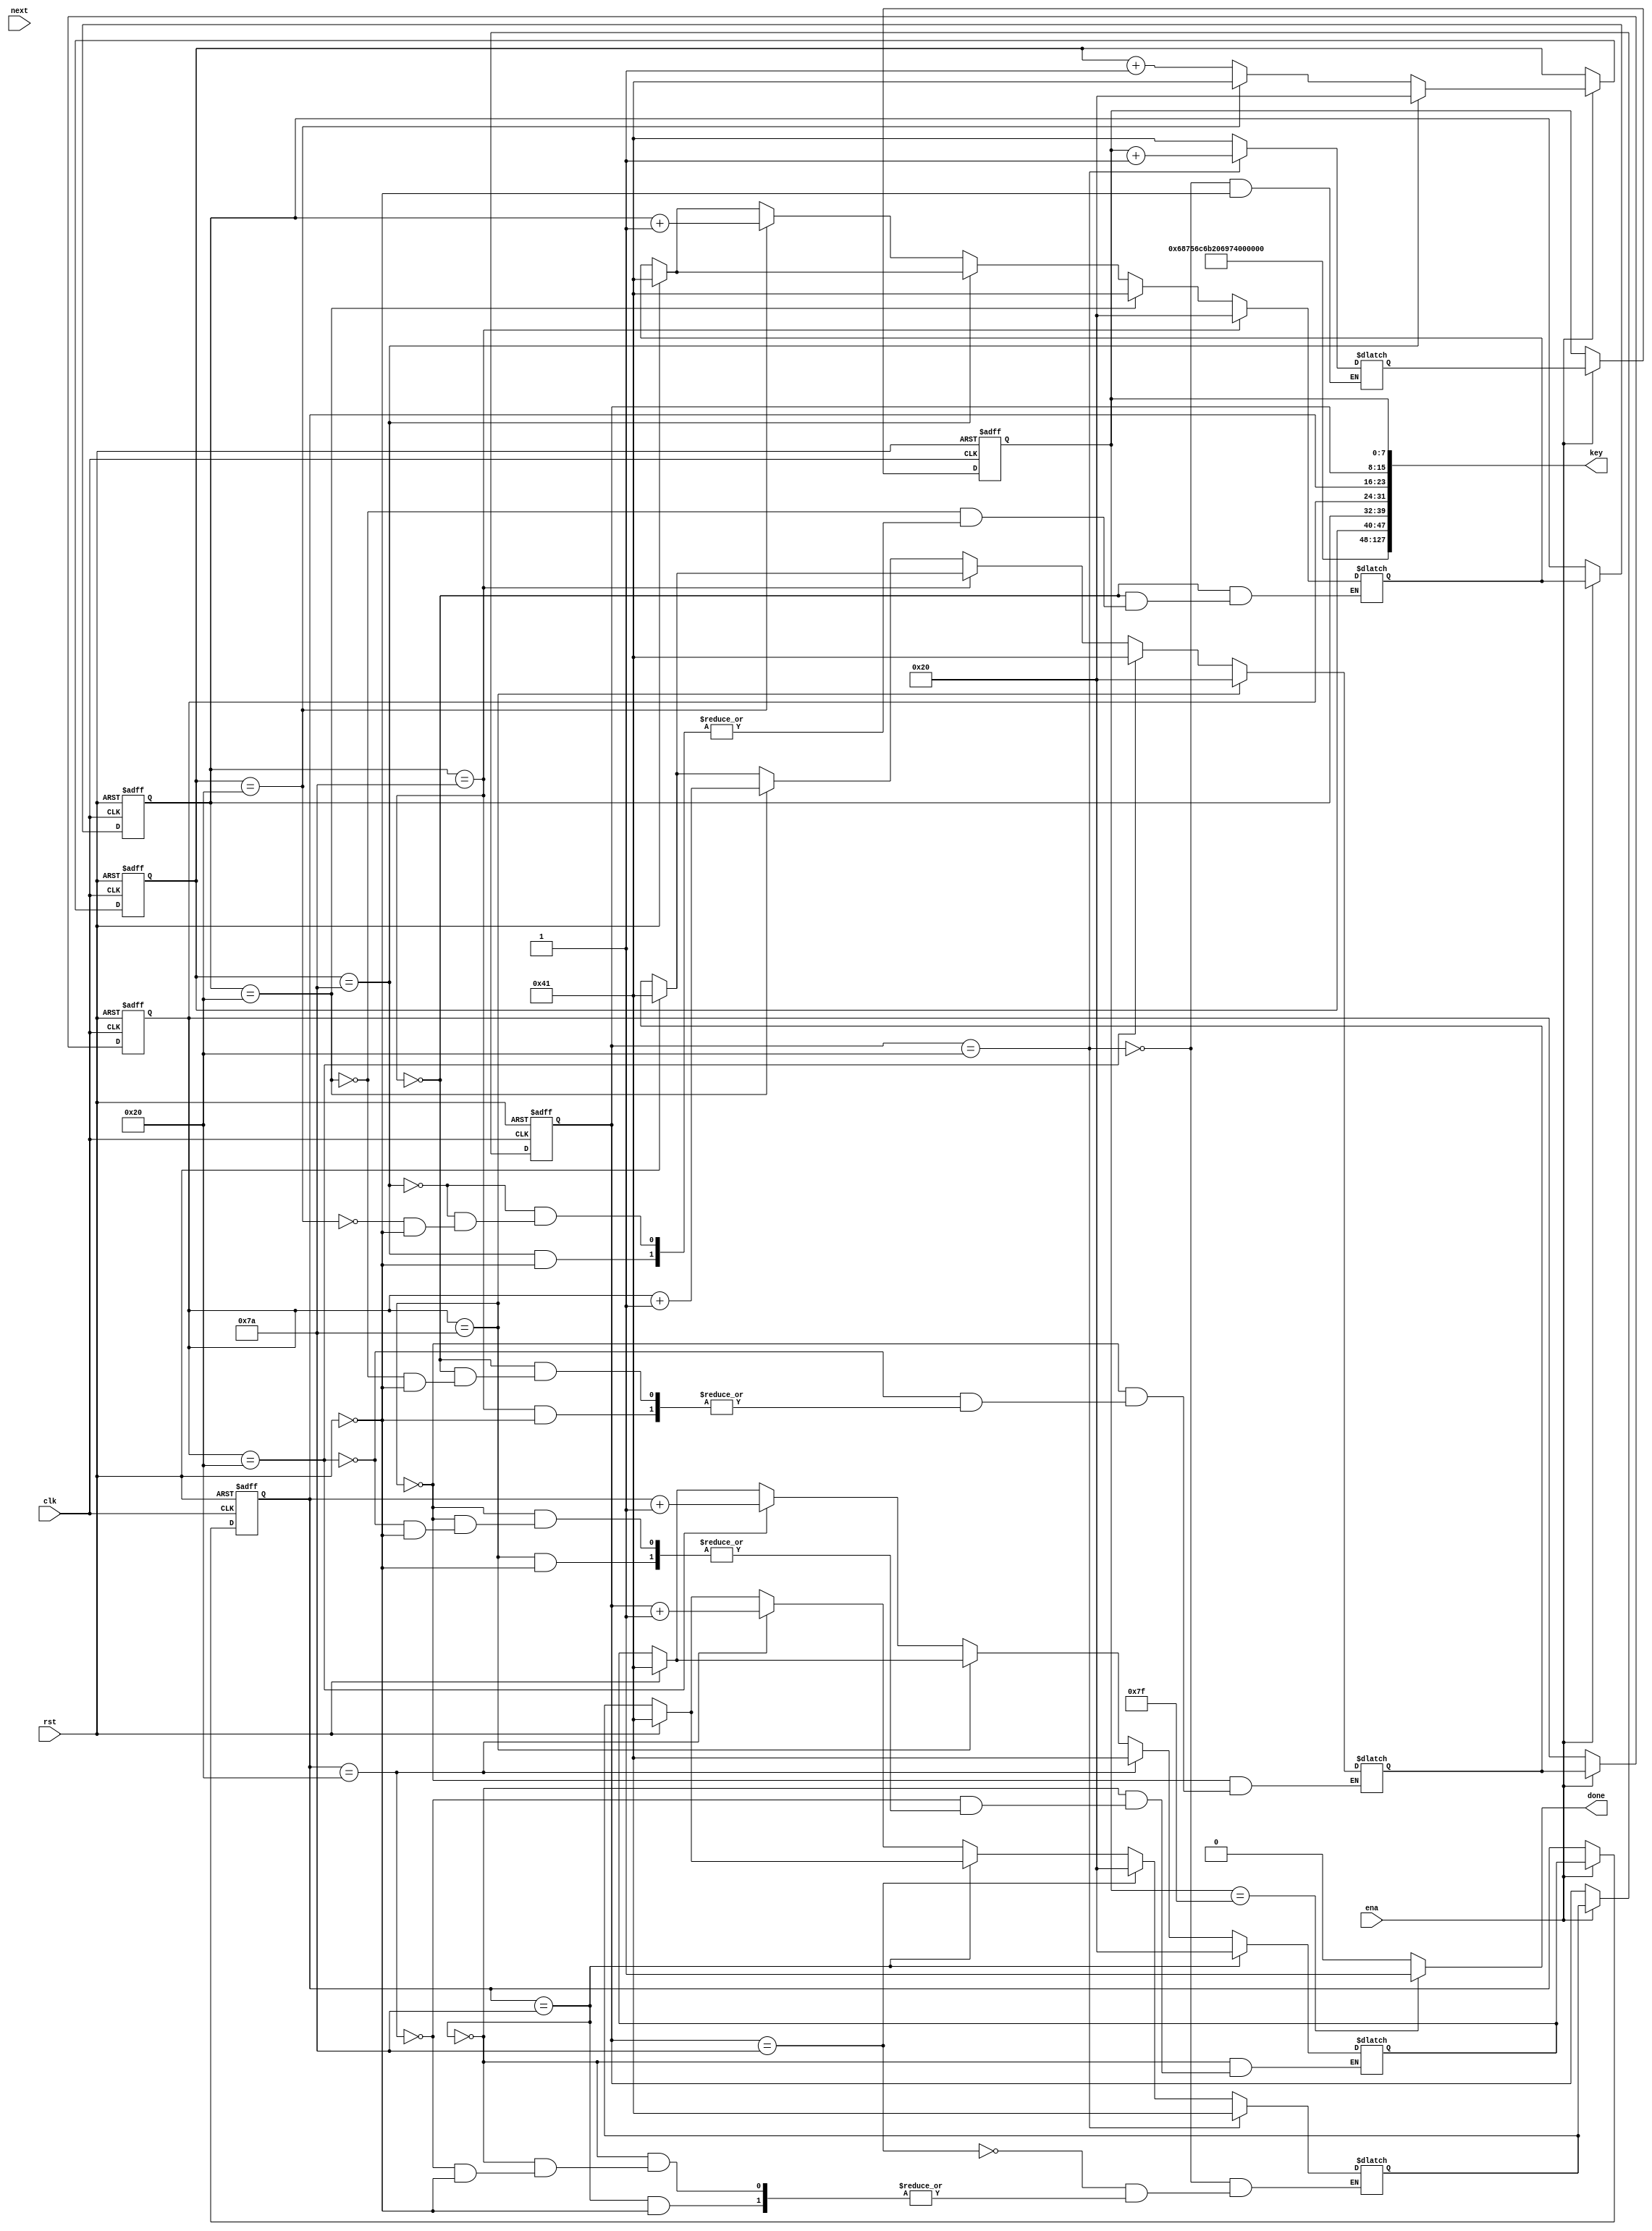
module keygen(
input rst, //rst
input clk, //clock
input ena, //ena 
input next, //if 1 then generate next key
output done, //if 1 all key have been looked up
output [0:127] key //key output
);
reg[7:0]cnt1_reg;
reg[7:0]cnt1_next;
reg[7:0]cnt2_reg;
reg[7:0]cnt2_next;
reg[7:0]cnt3_reg;
reg[7:0]cnt3_next;
reg[7:0]cnt4_reg;
reg[7:0]cnt4_next;
reg[7:0]cnt5_reg;
reg[7:0]cnt5_next;
reg[7:0]cnt6_reg;
reg[7:0]cnt6_next;
reg[7:0]cnt7_reg;
reg[7:0]cnt7_next;
reg[7:0]cnt8_reg;
reg[7:0]cnt8_next;

// State register
always@(posedge clk or posedge rst) begin 
if(rst) begin
cnt1_reg<=65;
cnt2_reg<=65;
cnt3_reg<=65;
cnt4_reg<=65;
cnt5_reg<=65;
cnt6_reg<=65;
cnt7_reg<=65;
cnt8_reg<=65;
 end
else if(ena) begin
cnt1_reg<=cnt1_next;
cnt2_reg<=cnt2_next;
cnt3_reg<=cnt3_next;
cnt4_reg<=cnt4_next;
cnt5_reg<=cnt5_next;
cnt6_reg<=cnt6_next;
cnt7_reg<=cnt7_next;
cnt8_reg<=cnt8_next;
end
end

always@(*) begin
if(rst) begin
cnt1_next=65;
cnt2_next=65;
cnt3_next=65;
cnt4_next=65;
cnt5_next=65;
cnt6_next=65;
end
if(cnt1_reg==122) cnt1_next=32;
else if(cnt1_reg==32) begin
	cnt1_next=65;
	cnt2_next=cnt2_reg+1;
	end
else begin
cnt1_next=cnt1_reg+1;
end
if(cnt2_reg==122) cnt2_next=32;
else if(cnt2_reg==32) begin
	cnt2_next=65;
	cnt3_next=cnt3_reg+1;
	end
if(cnt3_reg==122) cnt3_next=32;
else if(cnt3_reg==32) begin
	cnt3_next=65;
	cnt4_next=cnt4_reg+1;
	end
if(cnt4_reg==122) cnt4_next=32;
else if(cnt4_reg==32) begin
	cnt4_next=65;
	cnt5_next=cnt5_reg+1;
	end
if(cnt5_reg==122) cnt5_next=32;
if(cnt5_reg==32) begin
	cnt5_next=65;
	cnt6_next=cnt6_reg+1;
	end
end

						
						

// Output logic
assign key[0:79] = 'h68756c6b206973207468; //know part of key
assign key[80:87] = cnt1_reg;
assign key[88:95] = cnt2_reg;
assign key[96:103] = cnt3_reg;
assign key[104:111] = cnt4_reg;
assign key[112:119] = cnt5_reg;
assign key[120:127] = cnt6_reg;

assign done = (cnt6_reg==127) ? 1'b1 : 1'b0;

endmodule